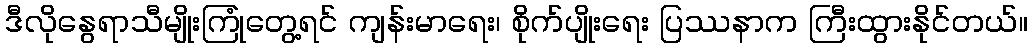
ဒီလိုနွေရာသီမျိုးကြုံတွေ့ရင် ကျန်းမာရေး၊ စိုက်ပျိုးရေး ပြဿနာက ကြီးထွားနိုင်တယ်။